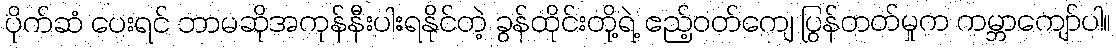
ပိုက်ဆံ ပေးရင် ဘာမဆိုအကုန်နီးပါးရနိုင်တဲ့ ခွန်ထိုင်းတို့ရဲ့ ဧည့်ဝတ်ကျေ ပြွန်တတ်မှုက ကမ္ဘာကျော်ပါ။